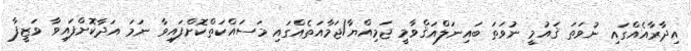
އިދާރާއެއްގައި ނުވަތަ ޤައުމީ ނުވަތަ ބައިނަލްއަޤްވާމީ ޖަމިއްޔާ/ޖަމާއަތެއްގައި މަސައްކަތްކޮށްފައިވާ ނަމަ އަދާކޮށްފައިވާ ވަޒީފާ